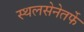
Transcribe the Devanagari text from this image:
स्थलसेनेतर्फे